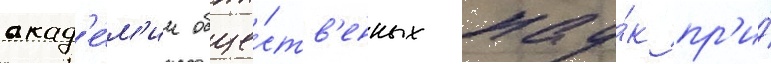
акад'е́м'ии обще́ств'енных нау́к пр'и́